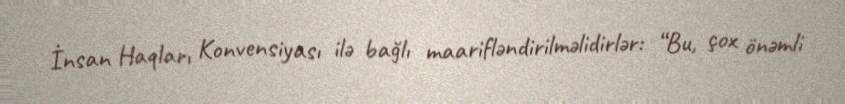
İnsan Haqları Konvensiyası ilə bağlı maarifləndirilməlidirlər: “Bu, çox önəmli